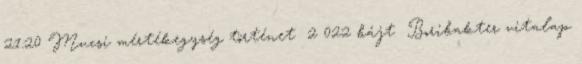
21:20 ‎Mucsi mértékegység történet ‎ 2 022 bájt ‎Boribakter vitalap